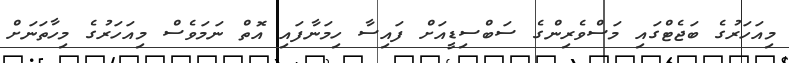
މިއަހަރުގެ ބަޖެޓްގައި މަސްވެރިންގެ ސަބްސިޑީއަށް ފައިސާ ހިމަނާފައި އޮތް ނަމަވެސް މިއަހަރުގެ މިހާތަނަށް